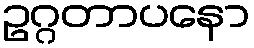
ဥဂ္ဂတာပနော